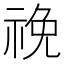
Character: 𥙵